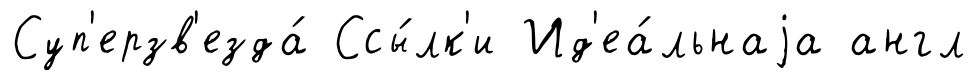
Суп'ерзв'езда́ Ссы́лк'и Ид'еа́льнаjа англ